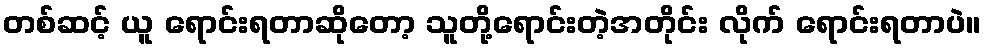
တစ်ဆင့် ယူ ရောင်းရတာဆိုတော့ သူတို့ရောင်းတဲ့အတိုင်း လိုက် ရောင်းရတာပဲ။